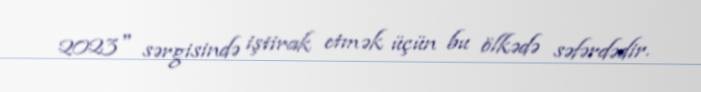
2023" sərgisində iştirak etmək üçün bu ölkədə səfərdədir.